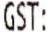
GST: